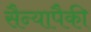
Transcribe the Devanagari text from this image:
सैन्यापैकी